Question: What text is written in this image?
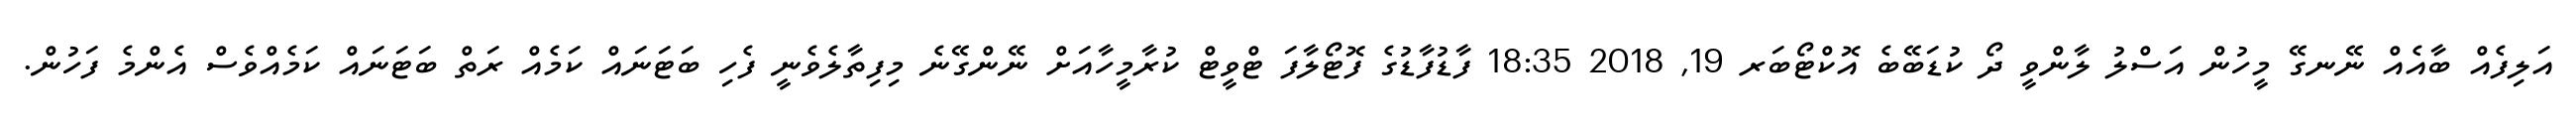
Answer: އަލިފެއް ބާއެއް ނޭނގޭ މީހުން އަސްލު ލާންވީ ދޯ ކުޑަބޭބެ އޮކްޓޯބަރ 19, 2018 18:35 ފާޑުފާޑުގެ ފޮޓޯލާފަ ޓްވީޓް ކުރާމީހާއަށް ނޭންގޭނެ މިފިތާލެވެނީ ފެހި ބަޓަނައް ކަމެއް ރަތް ބަޓަނައް ކަމެއްވެސް އެންމެ ފަހުން.